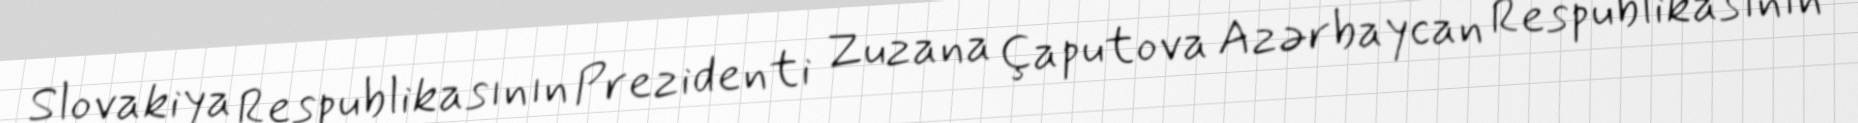
Slovakiya Respublikasının Prezidenti Zuzana Çaputova Azərbaycan Respublikasının